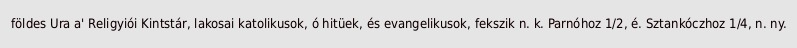
földes Ura a' Religyiói Kintstár, lakosai katolikusok, ó hitüek, és evangelikusok, fekszik n. k. Parnóhoz 1/2, é. Sztankóczhoz 1/4, n. ny.